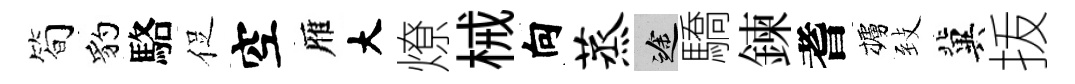
简豹駱促空雁大燎械向蒸途驕鍊耆櫨𦤺冀㧞